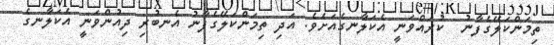
ތިމަންކަލޭގެފާނު  ކުރައްވަނީ އެކަލާނގެއަށެވެ. އަދި ތިމަންކަލޭގެފާނު އެނބުރި ދިއުންވަނީ އެކަލާނގެ